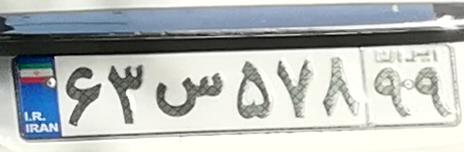
۶۳س۵۷۸۹۹